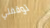
توقفتي